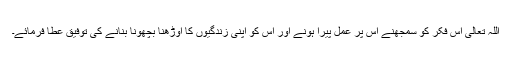
اللہ تعالیٰ اِس فکر کو سمجھنے اِس پر عمل پیرا ہونے اور اِس کو اپنی زندگیوں کا اوڑھنا بچھونا بنانے کی توفیق عطا فرمائے۔